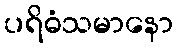
ပရိဓံသမာနော